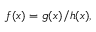
f ( x ) = g ( x ) / h ( x ) ,